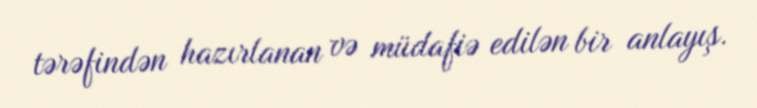
tərəfindən hazırlanan və müdafiə edilən bir anlayış.